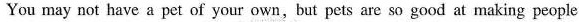
You may not have a pet of your own,but pets are so good at making people